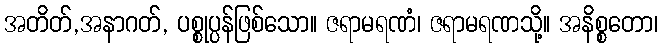
အတိတ်,အနာဂတ်, ပစ္စုပ္ပန်ဖြစ်သော။ ဇရာမရဏံ၊ ဇရာမရဏသို့။ အနိစ္စတော၊